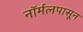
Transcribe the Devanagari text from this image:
नॉर्मलपासून